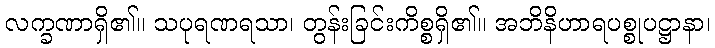
လက္ခဏာရှိ၏။ သပုရဏရသာ၊ တွန်းခြင်းကိစ္စရှိ၏။ အဘိနိဟာရပစ္စုပဋ္ဌာနာ၊